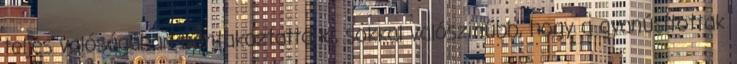
teljes valóságában bontakoztatta ki, sokkal valószínűbb, hogy a gyanúsítottak